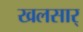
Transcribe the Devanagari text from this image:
खलसार्